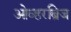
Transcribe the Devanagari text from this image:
ओव्हरब्रिज